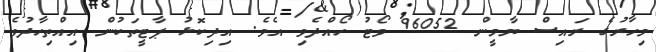
މިހާރުގެ ރައިސް ޔާމީން 96052 ވޯޓު ހޯއްދެވި އެވެ. އިދިކޮޅު ޕާޓީތަކުން އިއްތިހާދުވެ